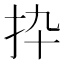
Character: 𢪄